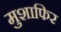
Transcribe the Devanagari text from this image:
मुशाफिर